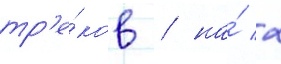
тр'е́ков / на́ 2